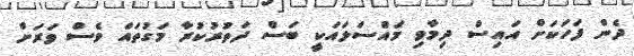
ދެން ފަހަކަށް އައިސް ދިމާވި މައްސަލައަކީ ބަސް ދަތުރުކުރާ މަގުތައް ވެސް ވަރަށް